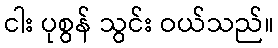
ငါး ပုစွန် သွင်း ဝယ်သည်။